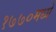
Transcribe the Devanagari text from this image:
१७७०मध्ये